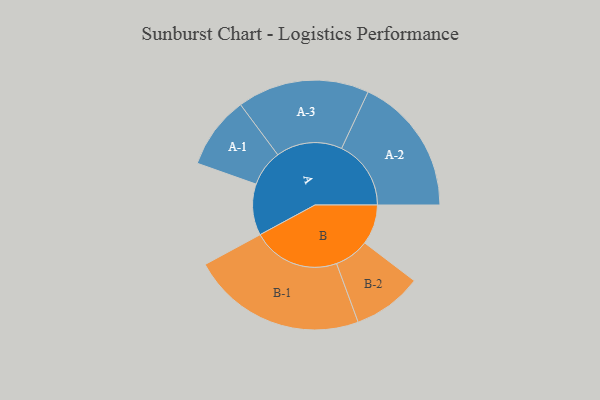
{"axis": {"x": "Segment", "y": "Value"}, "legend": ["", "A", "B"], "data": [{"x": "A", "y": 167, "type": ""}, {"x": "B", "y": 130, "type": ""}, {"x": "A-1", "y": 118, "type": "A"}, {"x": "A-2", "y": 226, "type": "A"}, {"x": "A-3", "y": 215, "type": "A"}, {"x": "B-1", "y": 285, "type": "B"}, {"x": "B-2", "y": 113, "type": "B"}]}